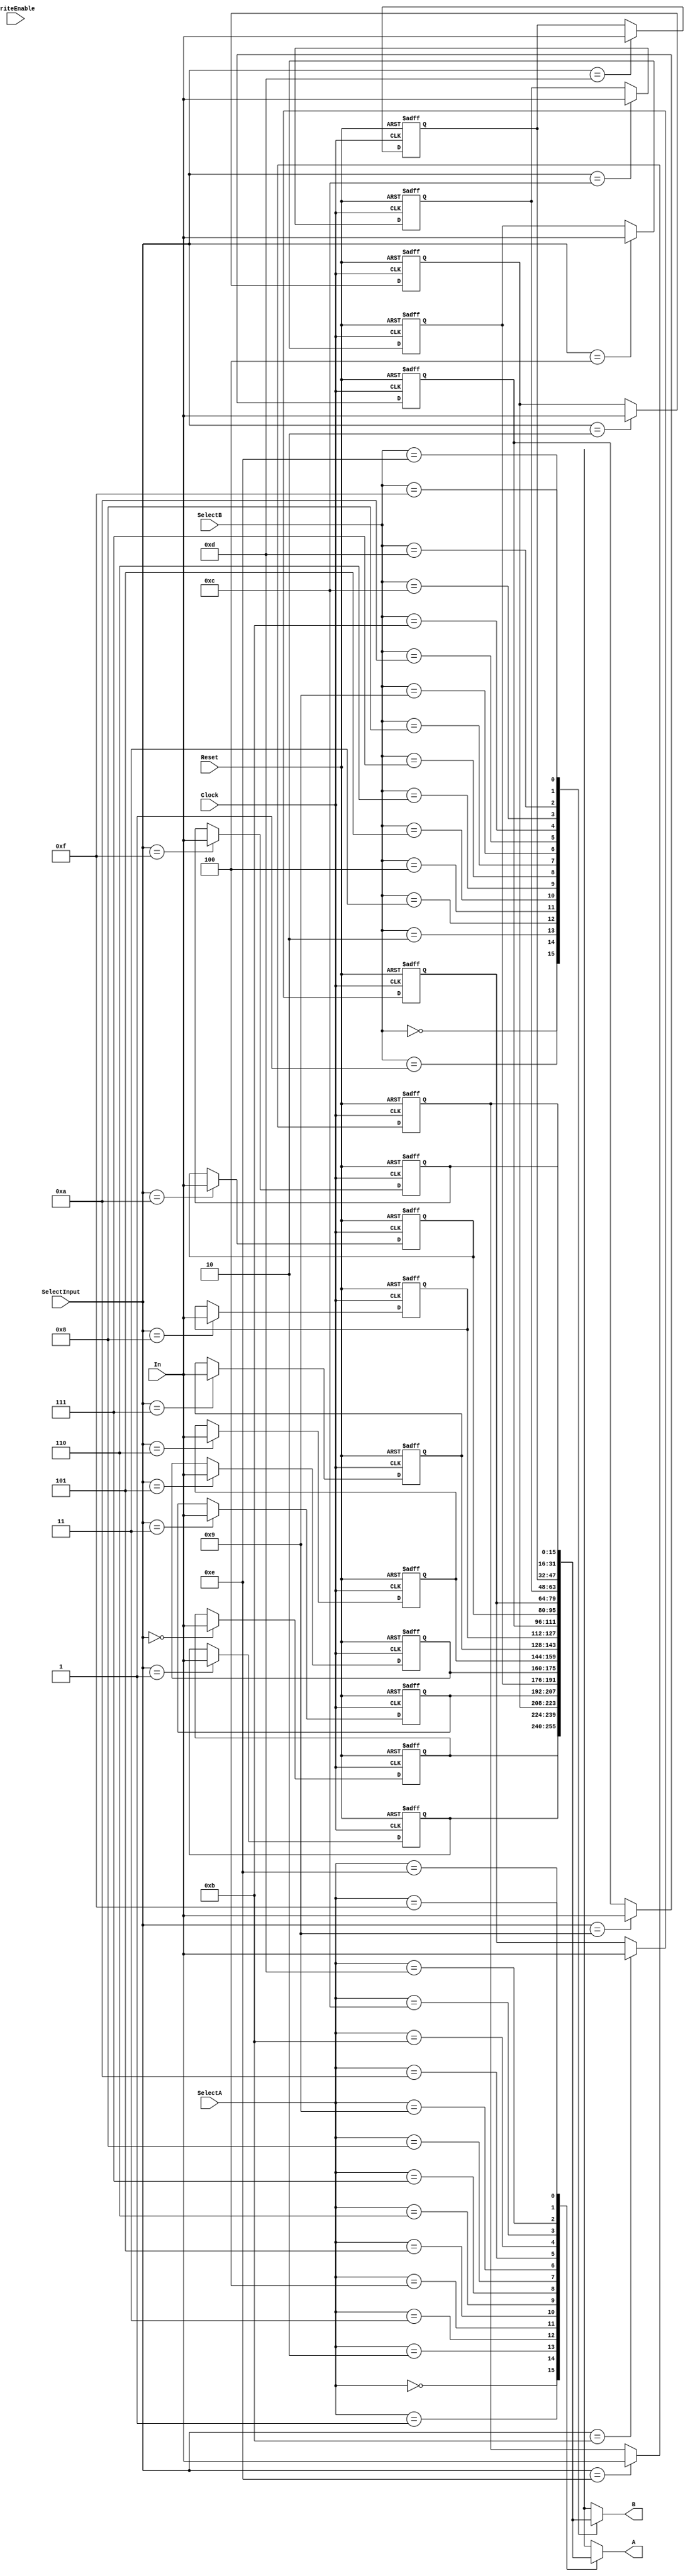
module RegFile(
    input Clock,
    input Reset,
    input WriteEnable,
    input [3:0] SelectInput,
    input [3:0] SelectA,
    input [3:0] SelectB,
    input [15:0] In,
    output [15:0] A,
    output [15:0] B
    );
	 
	 reg [15:0] r0; 
	 reg [15:0] r1;
	 reg [15:0] r2;
	 reg [15:0] r3;
	 reg [15:0] r4;
	 reg [15:0] r5;
	 reg [15:0] r6;
	 reg [15:0] r7;
	 reg [15:0] r8;
	 reg [15:0] r9;
	 reg [15:0] rA;
	 reg [15:0] rB;
	 reg [15:0] rC;
	 reg [15:0] rD;
	 reg [15:0] rE;
	 reg [15:0] rF;
	 
	 // Initialize registers to zero:
	 initial begin 
		r0 = 16'h0000;
		r1 = 16'h0000;
		r2 = 16'h0000;
		r3 = 16'h0000;
		r4 = 16'h0000;
		r5 = 16'h0000;
		r6 = 16'h0000;
		r7 = 16'h0000;
		r8 = 16'h0000;
		r9 = 16'h0000;
		rA = 16'h0000;
		rB = 16'h0000;
		rC = 16'h0000;
		rD = 16'h0000;
		rE = 16'h0000;
		rF = 16'h0000;
		//A = 16'h0000;
		//B = 16'h0000;
	 end 
	 
	 // Main always block:
	 always @(posedge Clock, negedge Reset)
	 begin
		// If we are resetting set all reg to zero
		if (~Reset)
		begin
			r0 <= 16'h0000;
			r1 <= 16'h0000;
			r2 <= 16'h0000;
			r3 <= 16'h0000;
			r4 <= 16'h0000;
			r5 <= 16'h0000;
			r6 <= 16'h0000;
			r7 <= 16'h0000;
			r8 <= 16'h0000;
			r9 <= 16'h0000;
			rA <= 16'h0000;
			rB <= 16'h0000;
			rC <= 16'h0000;
			rD <= 16'h0000;
			rE <= 16'h0000;
			rF <= 16'h0000;
			//A <= 16'h0000;
			//B <= 16'h0000;
		end
		
		// Otherwise set outputs and reg
		else
		begin
			// If write is enabled store input value in file:
			case (SelectInput)
				4'h0: r0 <= In;
				4'h1: r1 <= In;
				4'h2: r2 <= In;
				4'h3: r3 <= In;
				4'h4: r4 <= In;
				4'h5: r5 <= In;
				4'h6: r6 <= In;
				4'h7: r7 <= In;
				4'h8: r8 <= In;
				4'h9: r9 <= In;
				4'hA: rA <= In;
				4'hB: rB <= In;
				4'hC: rC <= In;
				4'hD: rD <= In;
				4'hE: rE <= In;
				4'hF: rF <= In;
			endcase
		end
	end
	
	always@(SelectA, SelectB)
	begin
		// Set the A output:
		case (SelectA) 
			4'h0: A = r0;
			4'h1: A = r1;
			4'h2: A = r2;
			4'h3: A = r3;
			4'h4: A = r4;
			4'h5: A = r5;
			4'h6: A = r6;
			4'h7: A = r7;
			4'h8: A = r8;
			4'h9: A = r9;
			4'hA: A = rA;
			4'hB: A = rB;
			4'hC: A = rC;
			4'hD: A = rD;
			4'hE: A = rE;
			4'hF: A = rF;
		endcase
			
		// Set the B output:
		case (SelectB) 
			4'h0: B = r0;
			4'h1: B = r1;
			4'h2: B = r2;
			4'h3: B = r3;
			4'h4: B = r4;
			4'h5: B = r5;
			4'h6: B = r6;
			4'h7: B = r7;
			4'h8: B = r8;
			4'h9: B = r9;
			4'hA: B = rA;
			4'hB: B = rB;
			4'hC: B = rC;
			4'hD: B = rD;
			4'hE: B = rE;
			4'hF: B = rF;
		endcase		
	 end
	 
	 
endmodule